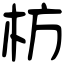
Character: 枋